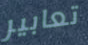
تعابير